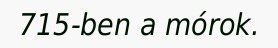
715-ben a mórok.